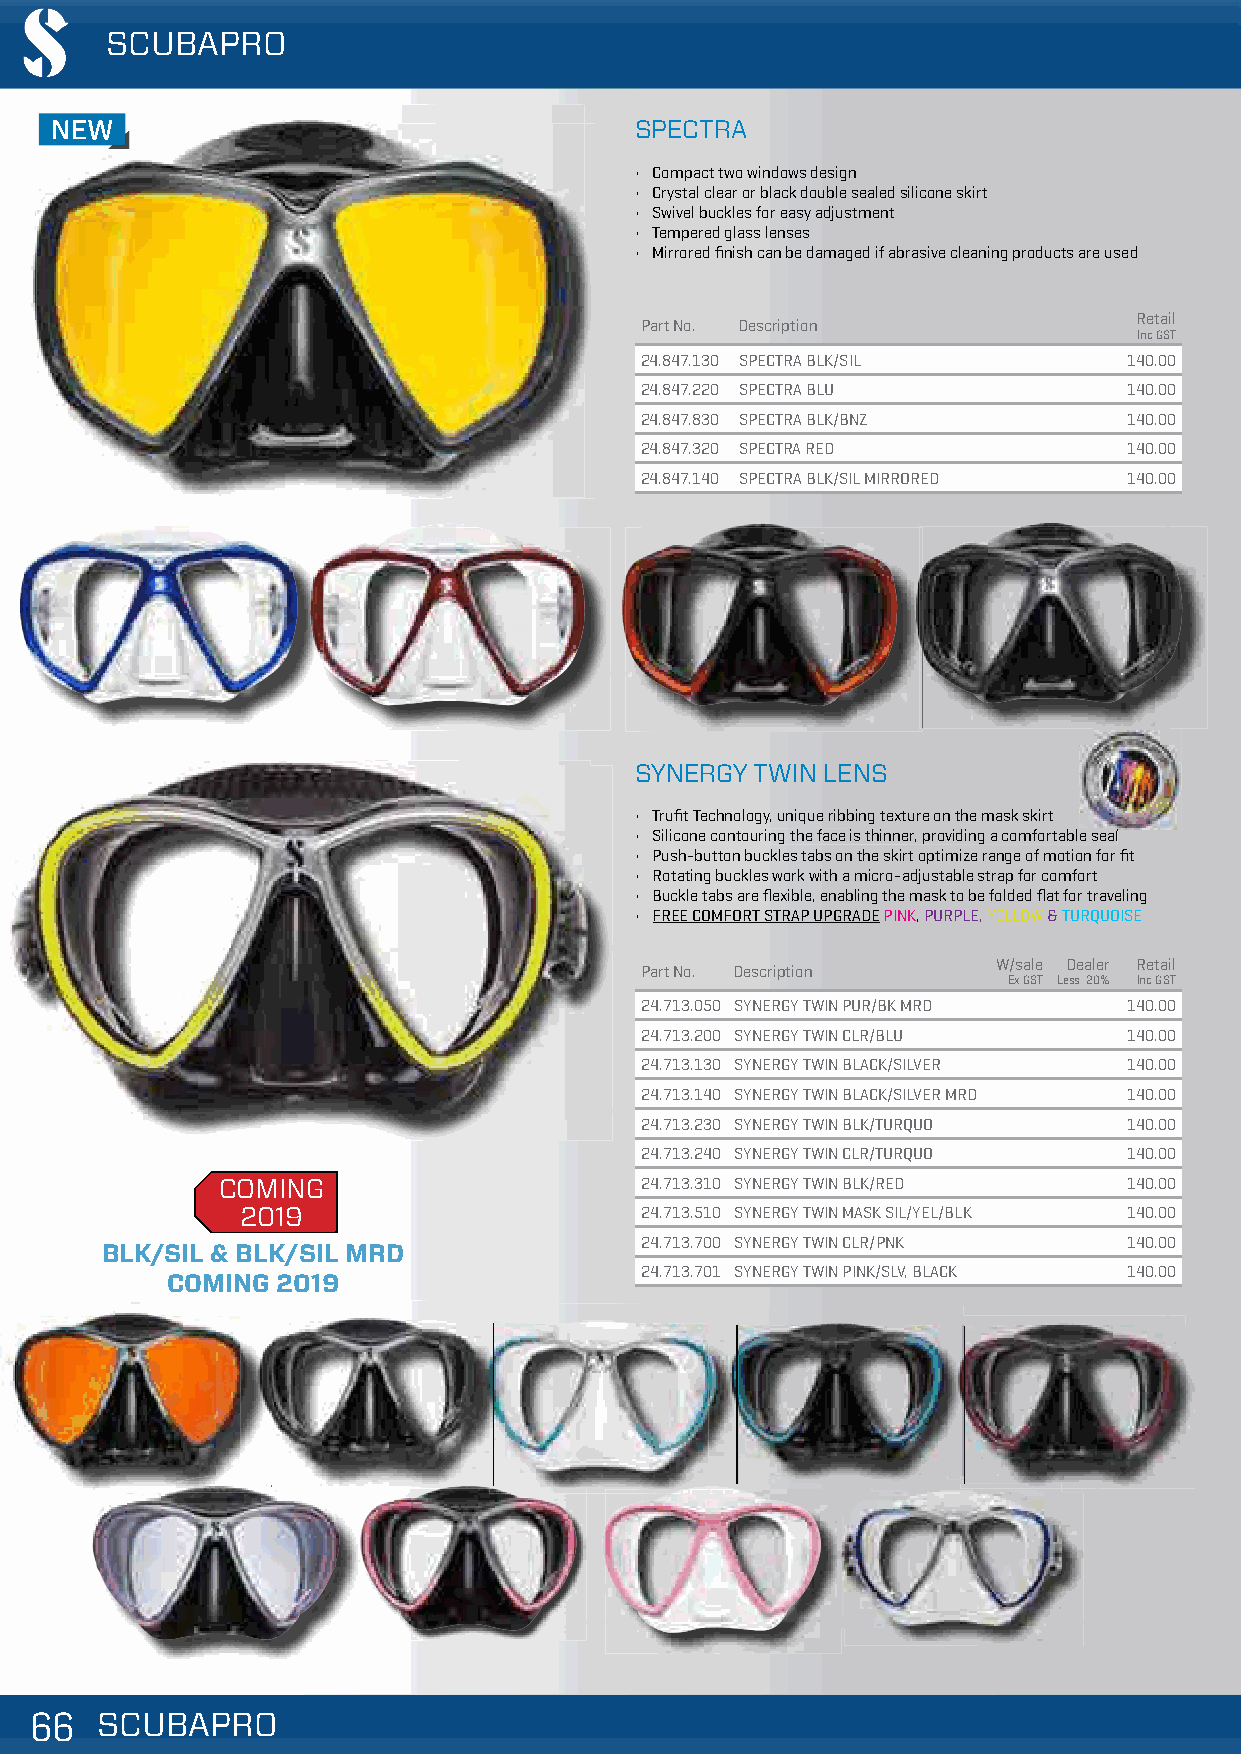
SCUBAPRO
 NNNEEEWWW                              SPECTRA
 • Compact two windows design
 NEW
 • Crystal clear or black double sealed silicone skirt
 • Swivel buckles for easy adjustment
 • Tempered glass lenses
 IMPROVED                                 • Mirrored finish can be damaged if abrasive cleaning products are used
 IMPROVED
 Retail
 Part No. Description
 Inc GST
 24.847.130 SPECTRA BLK/SIL       140.00
 24.847.220 SPECTRA BLU           140.00
 NEW     NEW
 24.847.830 SPECTRA BLK/BNZ       140.00
 24.847.320 SPECTRA RED           140.00
 24.847.140 SPECTRA BLK/SIL MIRRORED 140.00
 SYNERGY TWIN LENS
 • Trufit Technology, unique ribbing texture on the mask skirt
 • SSiilliiccoonnee ccoonnttoouurriinngg tthhee ffaaccee iiss tthhiinnnneerr,, pprroovviiddiinngg aa ccoommffoorrttaabbllee sseeaall
 • Push-button buckles tabs on the skirt optimize range of motion for fit
 • Rotating buckles work with a micro-adjustable strap for comfort
 • Buckle tabs are flexible, enabling the mask to be folded flat for traveling
 • FREE COMFORT STRAP UPGRADE PINK, PURPLE, YELLOW & TURQUOISE
 Part No. Description
 W/sale Dealer Retail
 Ex GST Less 20% Inc GST
 24.713.050 SYNERGY TWIN PUR/BK MRD 140.00
 24.713.200 SYNERGY TWIN CLR/BLU  140.00
 24.713.130 SYNERGY TWIN BLACK/SILVER 140.00
 24.713.140 SYNERGY TWIN BLACK/SILVER MRD 140.00
 24.713.230 SYNERGY TWIN BLK/TURQUO 140.00
 24.713.240 SYNERGY TWIN CLR/TURQUO 140.00
 COMING                      24.713.310 SYNERGY TWIN BLK/RED  140.00
 2019                      24.713.510 SYNERGY TWIN MASK SIL/YEL/BLK 140.00
 24.713.700 SYNERGY TWIN CLR/PNK  140.00
 BLK/SIL & BLK/SIL MRD
 24.713.701 SYNERGY TWIN PINK/SLV, BLACK 140.00
 COMING 2019
 666666 SSSCCCUUUBBBAAAPPPRRROOO                                                     VVaalliidd ffrroomm 0011//1100//22001188 || PPrriicceess aarree ssuubbjjeecctt ttoo cchhaannggee wwiitthhoouutt nnoottiiccee